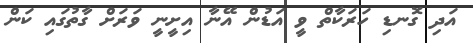
އަދި ގޮނޑި ހަރަކާތް ވީ އަޑުން އޭނާ އިށީނީ ވަރަށް ގާތުގައި ކަން